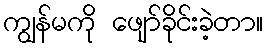
ကျွန်မကို ဖျော်ခိုင်းခဲ့တာ။